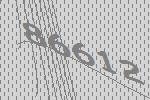
86612